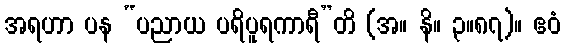
အရဟာ ပန “ပညာယ ပရိပူရကာရီ”တိ (အ။ နိ။ ၃။၈၇)။ ဧဝံ